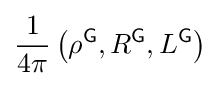
{\frac {1}{4\pi }}\left(\rho ^{\textsf {G}},R^{\textsf {G}},L^{\textsf {G}}\right)